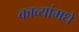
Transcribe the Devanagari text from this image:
काव्यांमधे